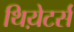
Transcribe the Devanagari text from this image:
थिय़ेटर्स